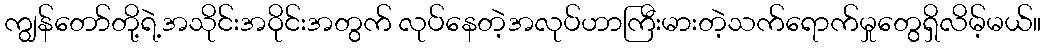
ကျွန်တော်တို့ရဲ့အသိုင်းအဝိုင်းအတွက် လုပ်နေတဲ့အလုပ်ဟာကြီးမားတဲ့သက်ရောက်မှုတွေရှိလိမ့်မယ်။